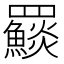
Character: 𩼄